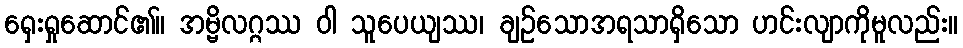
ရှေးရှုဆောင်၏။ အမ္ဗိလဂ္ဂဿ ဝါ သူပေယျဿ၊ ချဉ်သောအရသာရှိသော ဟင်းလျာကိုမူလည်း။